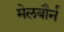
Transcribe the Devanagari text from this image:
मेलबौर्न